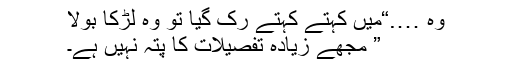
وہ ….“میں کہتے کہتے رُک گیا تو وہ لڑکا بولا
” مجھے زیادہ تفصیلات کا پتہ نہیں ہے۔